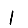
Digit: 1